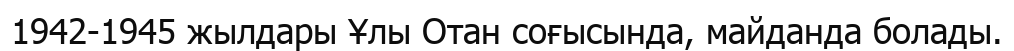
1942-1945 жылдары Ұлы Отан соғысында, майданда болады.